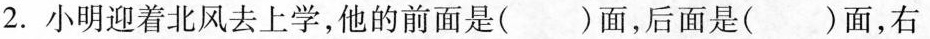
2.小明迎着北风去上学，他的前面是( )面，后面是( )面，右